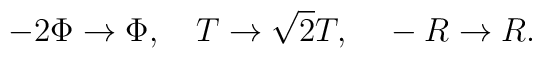
-2\Phi \rightarrow \Phi,~~~ T \rightarrow \sqrt 2 T, ~~~-R  \rightarrow R.